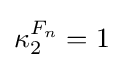
\kappa _{2}^{F_{n}}=1